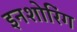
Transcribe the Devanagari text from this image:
इनशोरिंग